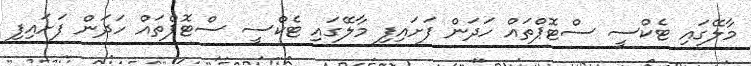
މާލޭގައި ޓެކްސީ ސްޓޮޕްތައް ހަދަން ފަށައިފި މާލޭގައި ޓެކްސީ ސްޓޮޕްތައް ހަދަން ފަށައިފި